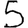
Digit: 5